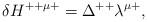
LaTeX: \begin{align*}\delta H^{++\mu +}= \Delta^{++} \lambda^{\mu +},\end{align*}